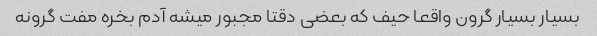
بسیار بسیار گرون واقعا حیف که بعضی دقتا مجبور میشه آدم بخره مفت گرونه